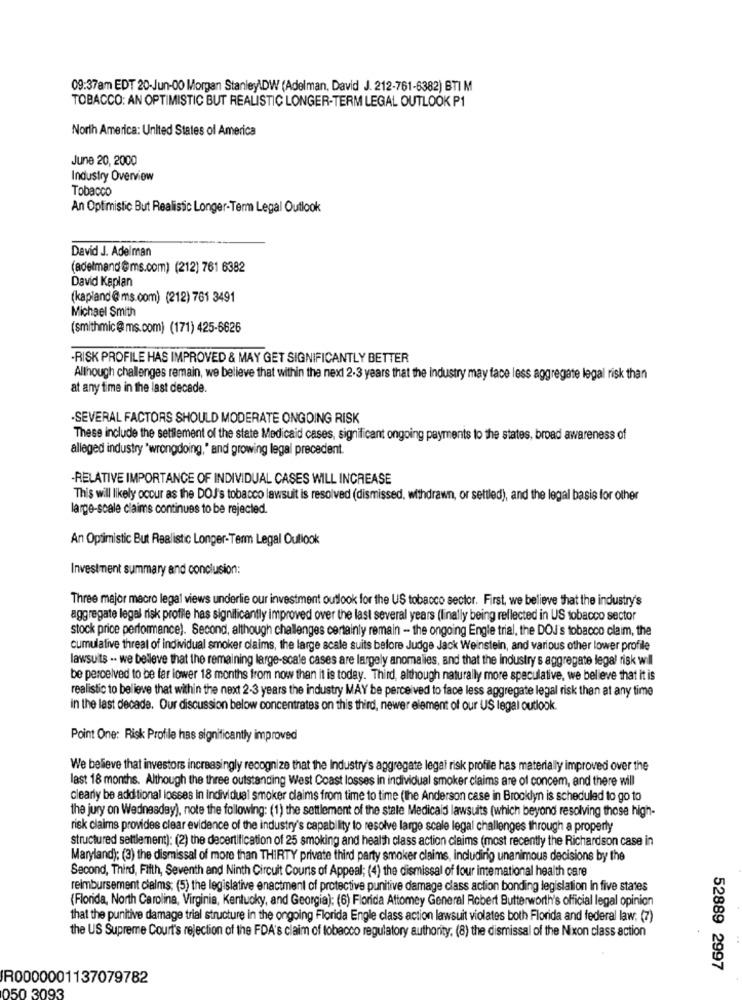
09:37am EDT 20-Jun-00 Morgan Stanley\DW (Adelman, David J. 212-761-6382) BTI M
TOBACCO: AN OPTIMISTIC BUT REALISTIC LONGER-TERM LEGAL OUTLOOK P1
North America: United States of America
June 20, 2000
Industry Overview
Tobacco
An Optimistic But Realistic Longer-Term Legal Outlook
David J. Adelman
(adelmand @ms.com) (212) 761 6382
David Kaplan
(kapland @ms.com) (212) 761 3491
Michael Smith
(smithmic@ ms.com) (171) 425-6626
-RISK PROFILE HAS IMPROVED & MAY GET SIGNIFICANTLY BETTER
Although challenges remain, we believe that within the next 2.3 years that the Industry may face less aggregate legal risk than
at any time in the last decade.
-SEVERAL FACTORS SHOULD MODERATE ONGOING RISK
These include the settlement of the state Medicaid cases, significant ongoing payments to the states, broad awareness of
alleged industry "wrongdoing," and growing legal precedent.
-RELATIVE IMPORTANCE OF INDIVIDUAL CASES WILL INCREASE
This will likely occur as the DOJ's tobacco lawsuit is resolved (dismissed, withdrawn, or settled), and the legal basis for other
large-scale claims continues to be rejected.
An Optimistic But Realistic Longer-Term Legal Outlook
Investment summary and conclusion:
Three major macro legal views underlie our investment outlook for the US tobacco sector. First, we believe that the industry's
aggregate legal risk profile has significantly improved over the last several years (finally being reflected in US tobacco sector
stock price performance). Second, although challenges certainly remain - the ongoing Engle trial, the DOJ's tobacco claim, the
cumulative threat of individual smoker claims, the large scale suits before Judge Jack Weinstein, and various other lower profile
lawsuits .. we belleve that the remaining large-scale cases are largely anomalies, and that the industry's aggregate legal risk will
be perceived to be far lower 18 months from now than it is today. Third, although naturally more speculative, we believe that it is
realistic to believe that within the next 2-3 years the industry MAY be perceived to face less aggregate legal risk than at any time
in the last decade. Our discussion below concentrates on this third, newer element of our US legal outlook.
Point One: Risk Profile has significantly improved
We believe that investors increasingly recognize that the industry's aggregate legal risk profile has materially improved over the
last 18 months. Although the three outstanding West Coast losses in individual smoker claims are of concem, and there will
clearly be additional losses in individual smoker claims from time to time (the Anderson case in Brooklyn is scheduled to go to
the jury on Wednesday), note the following: (1) the settlement of the state Medicaid lawsuits (which beyond resolving those high-
risk claims provides clear evidence of the industry's capability to resolve large scale legal challenges through a property
structured settlement): (2) the decertification of 25 smoking and health class action claims (most recently the Richardson case in
Maryland): (3) the dismissal of more than THIRTY private third party smoker claims, includirig unanimous decisions by the
Second, Third, Fifth, Seventh and Ninth Circuit Counts of Appeal; (4) the dismissal of four intemational health care
reimbursement claims; (5) the legislative enactment of protective punitive damage class action bonding legislation In five states
(Florida, North Carolina, Virginia, Kentucky, and Georgia); (6) Florida Attomey General Robert Butterworth's official legal opinion
that the punitive damage trial structure in the ongoing Florida Engle class action lawsuit violates both Florida and federal law. (7)
the US Supreme Court's rejection of the FDA's claim of tobacco regulatory authority; (8) the dismissal of the Nixon class action
52889 2997
R0000001137079782
050 3093